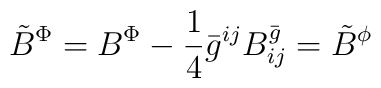
{\tilde{B}}^{\Phi}= {B}^{\Phi} - \frac{1}{4} {\bar{g}}^{ij} B^{\bar{g}}_{ij} = {\tilde{B}}^{\phi}